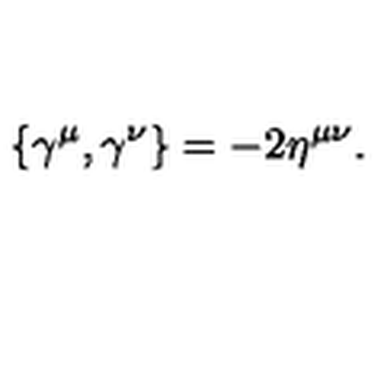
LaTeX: \{ \gamma ^ { \mu } , \gamma ^ { \nu } \} = - 2 \eta ^ { \mu \nu } .